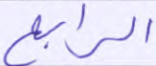
الرابع